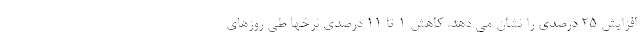
افزایش ۲۵ درصدی را نشان می دهد. کاهش ۱ تا ۱۱ درصدی نرخها طی روزهای